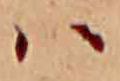
ハ